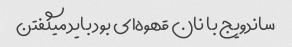
ساندویج با نان قهوه‌ای بود باید میگفتن